Annual report on the lock hospitals of the Madras Presidency
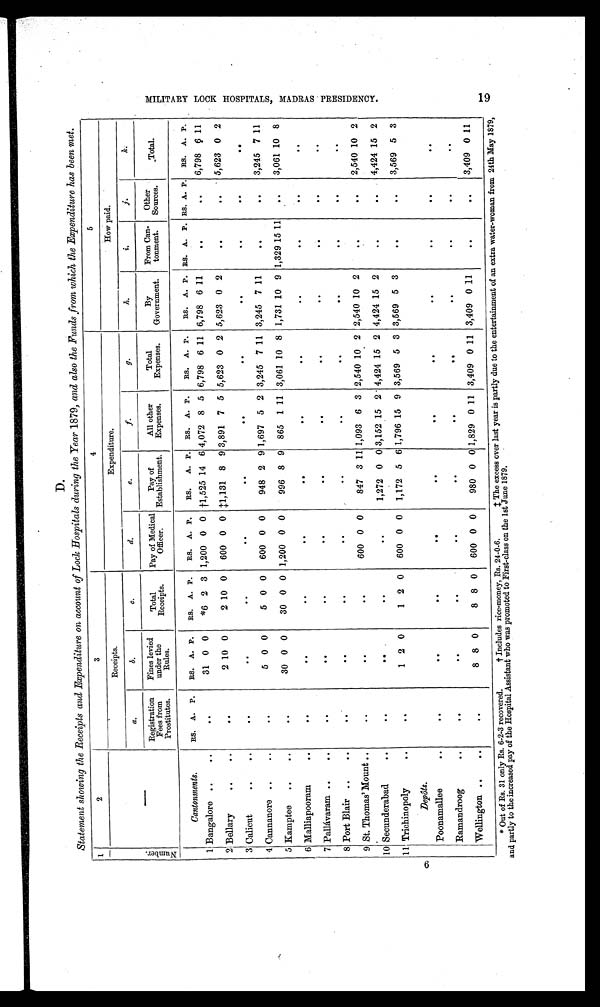
D.
Statement showing the Receipts and Expenditure on account of Lock Hospitals during the Year 1879, and also the Funds from which the Expenditure has been met.
1 1 1
2
3
4
5
N u m b e r .
Receipts.
Expenditure.
How paid.
a.
b.
c.
d.
e.
f.
g .
h.
i.
j.
k.
Registration
Fees from
Prostitutes.
Fines levied
under the
Rules.
Total
Receipts.
Pay of Medical
Officer.
Pay of
Establishment.
All other
Expenses.
Total
Expenses.
By
Government.
From Can-
tonment.
Other
Sources.
Total.
Cantonments.
RS. A. P.
RS. A. P.
RS. A. P.
RS. A. P.
RS. A. P. RS. A. P.
RS. A. P.
RS. A. P. RS. A. P. RS. A. P. RS. A. P.
1 Bangalore ..
..
31 0 0
*6 2 3 1,200 0 0 †1,525 14 6 4,072 8 5 6,798 6 11 6,798 6 11
6,798
6 11
2 Bellary
..
2 10 0
2 10 0
600 0 0
‡ 1 , 1 3 1 8 9 3,891 7 5 5,623 0 2 5,623 0 2
5,623 0 2
3 Calicut
..
. .
4 Cannanore ..
..
5 0 0
5 0 0
600 0 0
948 2 9 1,697 5 2 3,245 7 11 3,245 7 11
3,245 7 11
5 Kamptee
..
..
..
30 0 0
30 0 0 1,200 0 0
996 8 9 865 1 11 3,061 10 8 1,731 10 9 1,329 15 11
..
3,061 10 8
6 Malliapooram
..
..
. .
. .
..
. .
. .
..
.
7 Pallavaram ..
..
..
. .
..
. .
. .
. .
.4
. .
..
.
. .
8 Port Blair ..
..
..
. .
..
. .
. .
. .
..
. .
. .
.
. .
9 St. Thomas' Mount ..
..
. .
. .
600 0 0
847 3 11 1,093 6 3 2,540 10 2 2,540 10 2
..
2,540 10 2
10 Secunderaba
. .
..
..
. .
. .
1,272 0 03,152 15 2 . 4,424 15 2 4,424 1.5 2
. .
..
4,424 15 2
11 Trichinpoly
. .
..
1 2 0
1 2 0
600 0 0 1,172 5 6 1,796 15 9 3,569 5 3 3,569 5 3
..
3,569 5 3
Depôts,
Poonamallee
. .
..
..
..
..
..
. .
..
..
..
..
..
Ramandroog
.
..
. .
. .
..
..
. 6
. .
. .
. .
..
..
Wellington ..
..
..
8 8 0
8 8 0
600 0 0
980 0 0 1,829 0 11 3,409 0 11 3,409 0 11
. .
..
3,409 0 11
M I L T A R Y L O C K H O S P I T A L S , M A D R A S P R E S I D E N C Y .
* Out of Rs. 31 only Rs. 6-2-3 recovered. + Includes rice-money, Rs. 24-0-6.
‡ The excess over last year is partly due to the entertainment of an extra water-woman from 24th May 1879,
and partly to the increased pay of the Hospital Assistant who was promoted to First-class on the 1st June 1879.